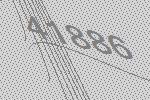
41886